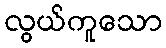
လွယ်ကူသော